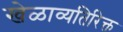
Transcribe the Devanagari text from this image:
खेळाव्यतिरिक्त